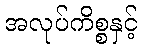
အလုပ်ကိစ္စနှင့်